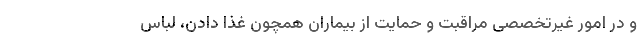
و در امور غیرتخصصی مراقبت و حمایت از بیماران همچون غذا دادن، لباس